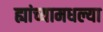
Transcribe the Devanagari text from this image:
ह्यांच्यामधल्या